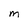
Character: M